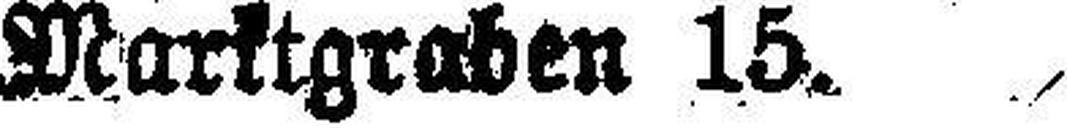
Marktgraben 15.